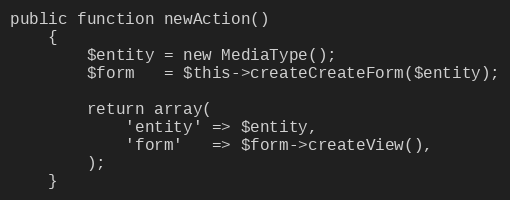
Language: PHP
public function newAction()
    {
        $entity = new MediaType();
        $form   = $this->createCreateForm($entity);

        return array(
            'entity' => $entity,
            'form'   => $form->createView(),
        );
    }